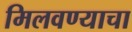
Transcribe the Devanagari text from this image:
मिलवण्याचा